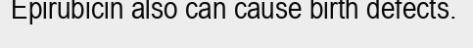
Epirubicin also can cause birth defects.